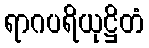
ရာဂပရိယုဋ္ဌိတံ